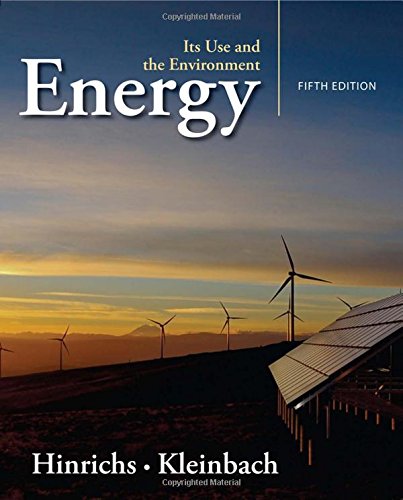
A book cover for Energy: Its Use and the Environment; Roger A. Hinrichs; Engineering & Transportation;